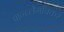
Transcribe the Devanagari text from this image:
पान्च्लेगाँवकर